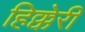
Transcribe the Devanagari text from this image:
हिक्केरी